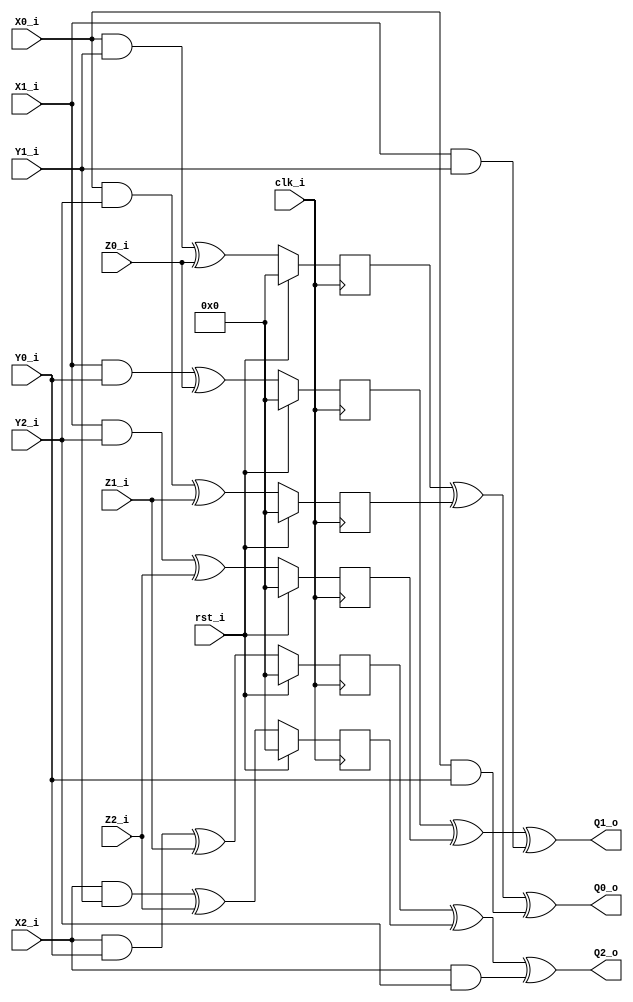
module dom_and_2ndorder (clk_i, rst_i, 
        X0_i, X1_i, X2_i,
        Y0_i, Y1_i, Y2_i,
        Z0_i, Z1_i, Z2_i,
        Q0_o, Q1_o, Q2_o
     );
    input clk_i; 
    input rst_i;
    input [7:0] X0_i, X1_i, X2_i;
    input [7:0] Y0_i, Y1_i, Y2_i;
    input [7:0] Z0_i, Z1_i, Z2_i;
    output [7:0] Q0_o, Q1_o, Q2_o; 

    //Same domain
    wire [7:0] AX_AY, BX_BY, CX_CY;

    assign AX_AY = X0_i & Y0_i;
    assign BX_BY = X1_i & Y1_i;
    assign CX_CY = X2_i & Y2_i;

    //Cross domain + resharing
    wire [7:0] AX_BY, AX_CY;

    wire [7:0] BX_AY, BX_CY;

    wire [7:0] CX_AY, CX_BY;

    assign AX_BY = X0_i & Y1_i;
    assign AX_CY = X0_i & Y2_i;
    
    assign BX_AY = X1_i & Y0_i;
    assign BX_CY = X1_i & Y2_i;

    assign CX_AY = X2_i & Y0_i;
    assign CX_BY = X2_i & Y1_i;


    reg [7:0] AX_BY_Z0_q, AX_CY_Z1_q;

    reg [7:0] BX_AY_Z0_q, BX_CY_Z2_q;

    reg [7:0] CX_AY_Z1_q, CX_BY_Z2_q;

    always @(posedge clk_i) begin
        if(rst_i) begin
            AX_BY_Z0_q <= 8'b0;
            AX_CY_Z1_q <= 8'b0;
            BX_AY_Z0_q <= 8'b0;
            BX_CY_Z2_q <= 8'b0;
            CX_AY_Z1_q <= 8'b0;
            CX_BY_Z2_q <= 8'b0;
        end else begin
            AX_BY_Z0_q <= AX_BY ^ Z0_i;
            AX_CY_Z1_q <= AX_CY ^ Z1_i;

            BX_AY_Z0_q <= BX_AY ^ Z0_i;
            BX_CY_Z2_q <= BX_CY ^ Z2_i;

            CX_AY_Z1_q <= CX_AY ^ Z1_i;
            CX_BY_Z2_q <= CX_BY ^ Z2_i;
        end
    end

    assign Q0_o = AX_BY_Z0_q ^ AX_CY_Z1_q ^ AX_AY;
    assign Q1_o = BX_AY_Z0_q ^ BX_CY_Z2_q ^ BX_BY;
    assign Q2_o = CX_AY_Z1_q ^ CX_BY_Z2_q ^ CX_CY;


endmodule